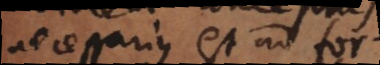
necessarius est ad for